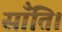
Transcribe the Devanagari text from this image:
साँति।